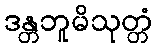
ဒန္တဘူမိသုတ္တံ